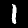
Digit: 1